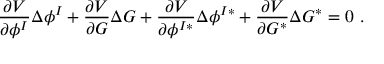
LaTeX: { \frac { \partial V } { \partial \phi ^ { I } } } \Delta \phi ^ { I } + { \frac { \partial V } { \partial G } } \Delta G + { \frac { \partial V } { \partial \phi ^ { I * } } } \Delta \phi ^ { I * } + { \frac { \partial V } { \partial G ^ { * } } } \Delta G ^ { * } = 0 \ .